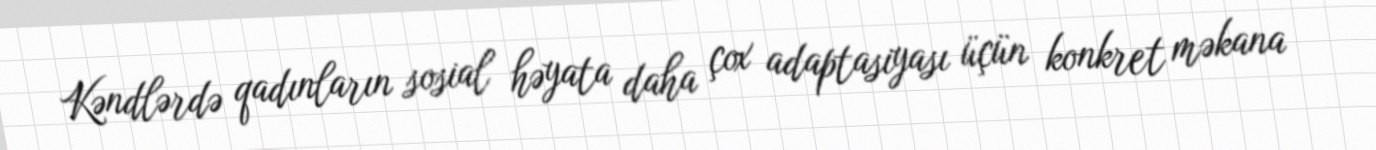
Kəndlərdə qadınların sosial həyata daha çox adaptasiyası üçün konkret məkana